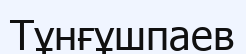
Тұнғұшпаев